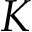
K